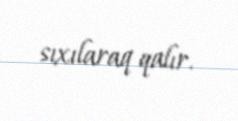
sıxılaraq qalır.